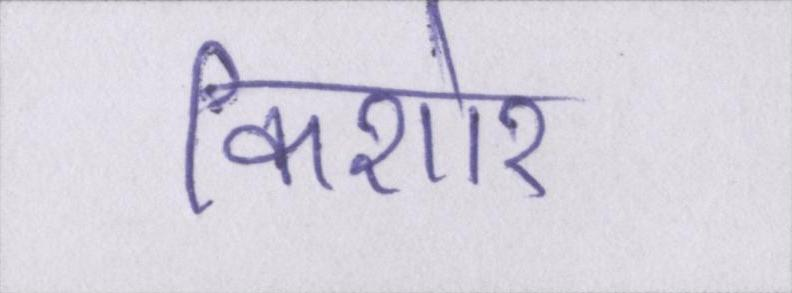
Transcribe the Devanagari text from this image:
किशोर